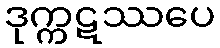
ဒုက္ကဋဿပေ